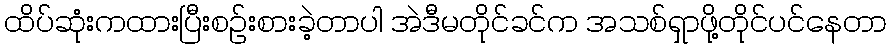
ထိပ်ဆုံးကထားပြီးစဉ်းစားခဲ့တာပါ အဲဒီမတိုင်ခင်က အသစ်ရှာဖို့တိုင်ပင်နေတာ